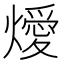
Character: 燰